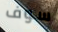
سوف